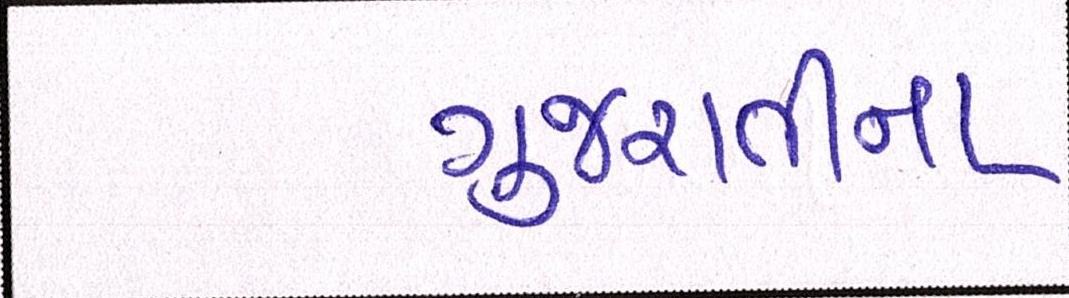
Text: ગુજરાતીના